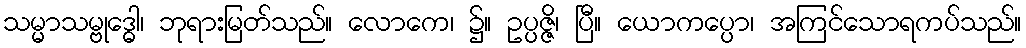
သမ္မာသမ္ဗုဒ္ဓေါ၊ ဘုရားမြတ်သည်။ လောကေ၊ ၌။ ဥပ္ပဇ္ဇိ၊ ပြီ။ ယောကပ္ပော၊ အကြင်သောရကပ်သည်။